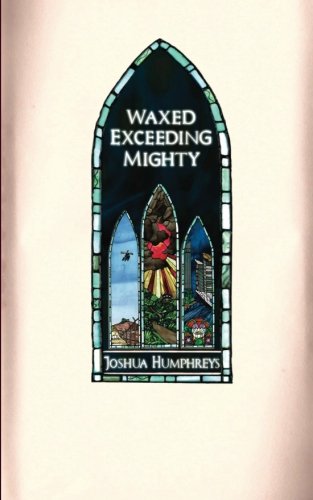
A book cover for Waxed Exceeding Mighty; Joshua Humphreys; Literature & Fiction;